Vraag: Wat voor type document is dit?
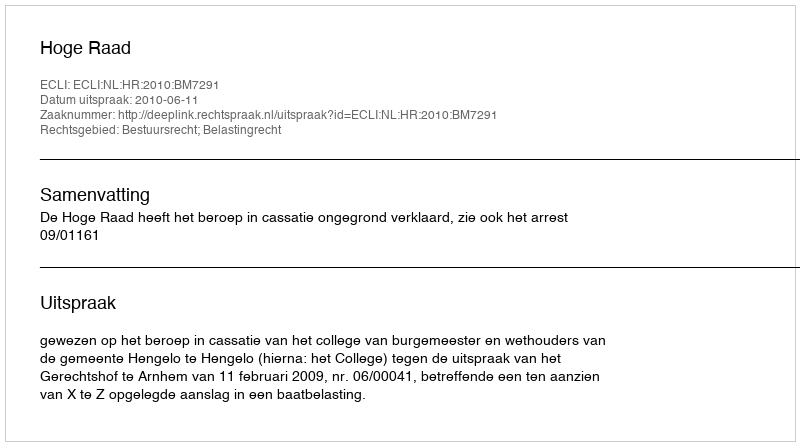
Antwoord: Uitspraak